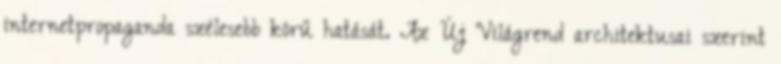
internetpropaganda szélesebb körű hatását. Az Új Világrend architektusai szerint